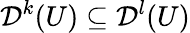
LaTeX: {\mathcal{D}}^{k}(U)\subseteq{\mathcal{D}}^{l}(U)